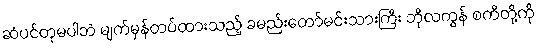
ဆံပင်တုမပါဘဲ မျက်မှန်တပ်ထားသည့် ခမည်းတော်မင်းသားကြီး ဘိုလကွန် စကီတို့ကို